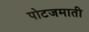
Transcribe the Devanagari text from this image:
पोटजमाती